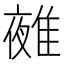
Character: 𨿤